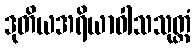
ဒုတိယအရိယာဝါသသုတ္တံ